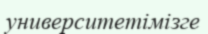
университетімізге